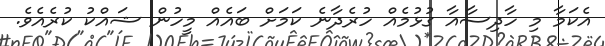
އެކަމާ މި ހާދިސާއާ ގުޅުމެއް ހުރެދާނެ ކަމަށް ބައެއް މީހުން ޝައްކު ކުރެއެވެ.